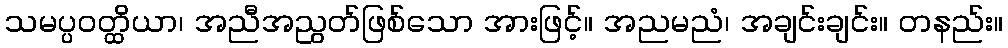
သမပ္ပဝတ္ထိယာ၊ အညီအညွတ်ဖြစ်သော အားဖြင့်။ အညမညံ၊ အချင်းချင်း။ တနည်း။